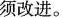
须改进。